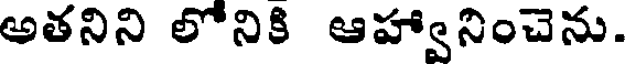
అతనిని లోనికి ఆహ్వానించెను.